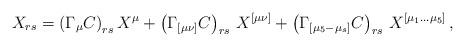
LaTeX: \begin{align*} X_{rs} = \left( \Gamma_{\mu} C\right)_{rs} X^{\mu} + \left( \Gamma_{[\mu\nu]} C\right)_{rs} \, X^{[\mu\nu]} + \left( \Gamma_{[\mu_5 - \mu_s]} C\right)_{rs} \, X^{[\mu_1 \ldots \mu_5]}\, ,\end{align*}